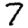
Digit: 7